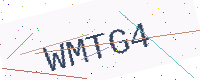
Text: WMTG4